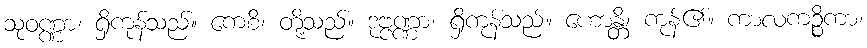
သုဝဏ္ဏာ၊ ရှိကုန်သည်။ ကေစိ၊ တို့သည်။ ဒုဗ္ဗဏ္ဏာ၊ ရှိကုန်သည်။ ဟောန္တိ၊ ကုန်၏။ ကာလကဉ္စိကာ၊